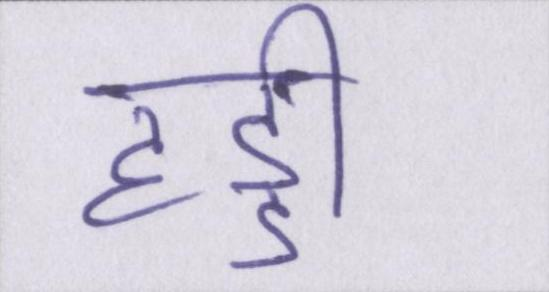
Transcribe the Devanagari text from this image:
हड्डी